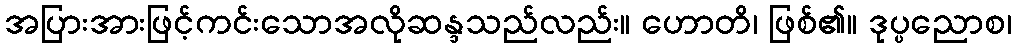
အပြားအားဖြင့်ကင်းသောအလိုဆန္ဒသည်လည်း။ ဟောတိ၊ ဖြစ်၏။ ဒုပ္ပညောစ၊